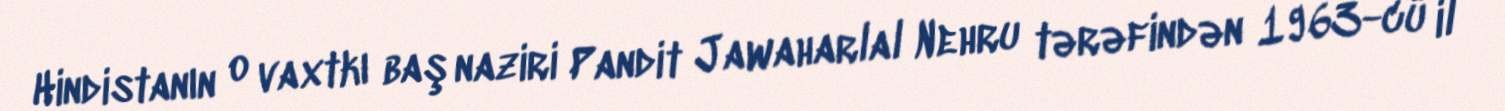
Hindistanın o vaxtkı baş naziri Pandit Jawaharlal Nehru tərəfindən 1963-cü il